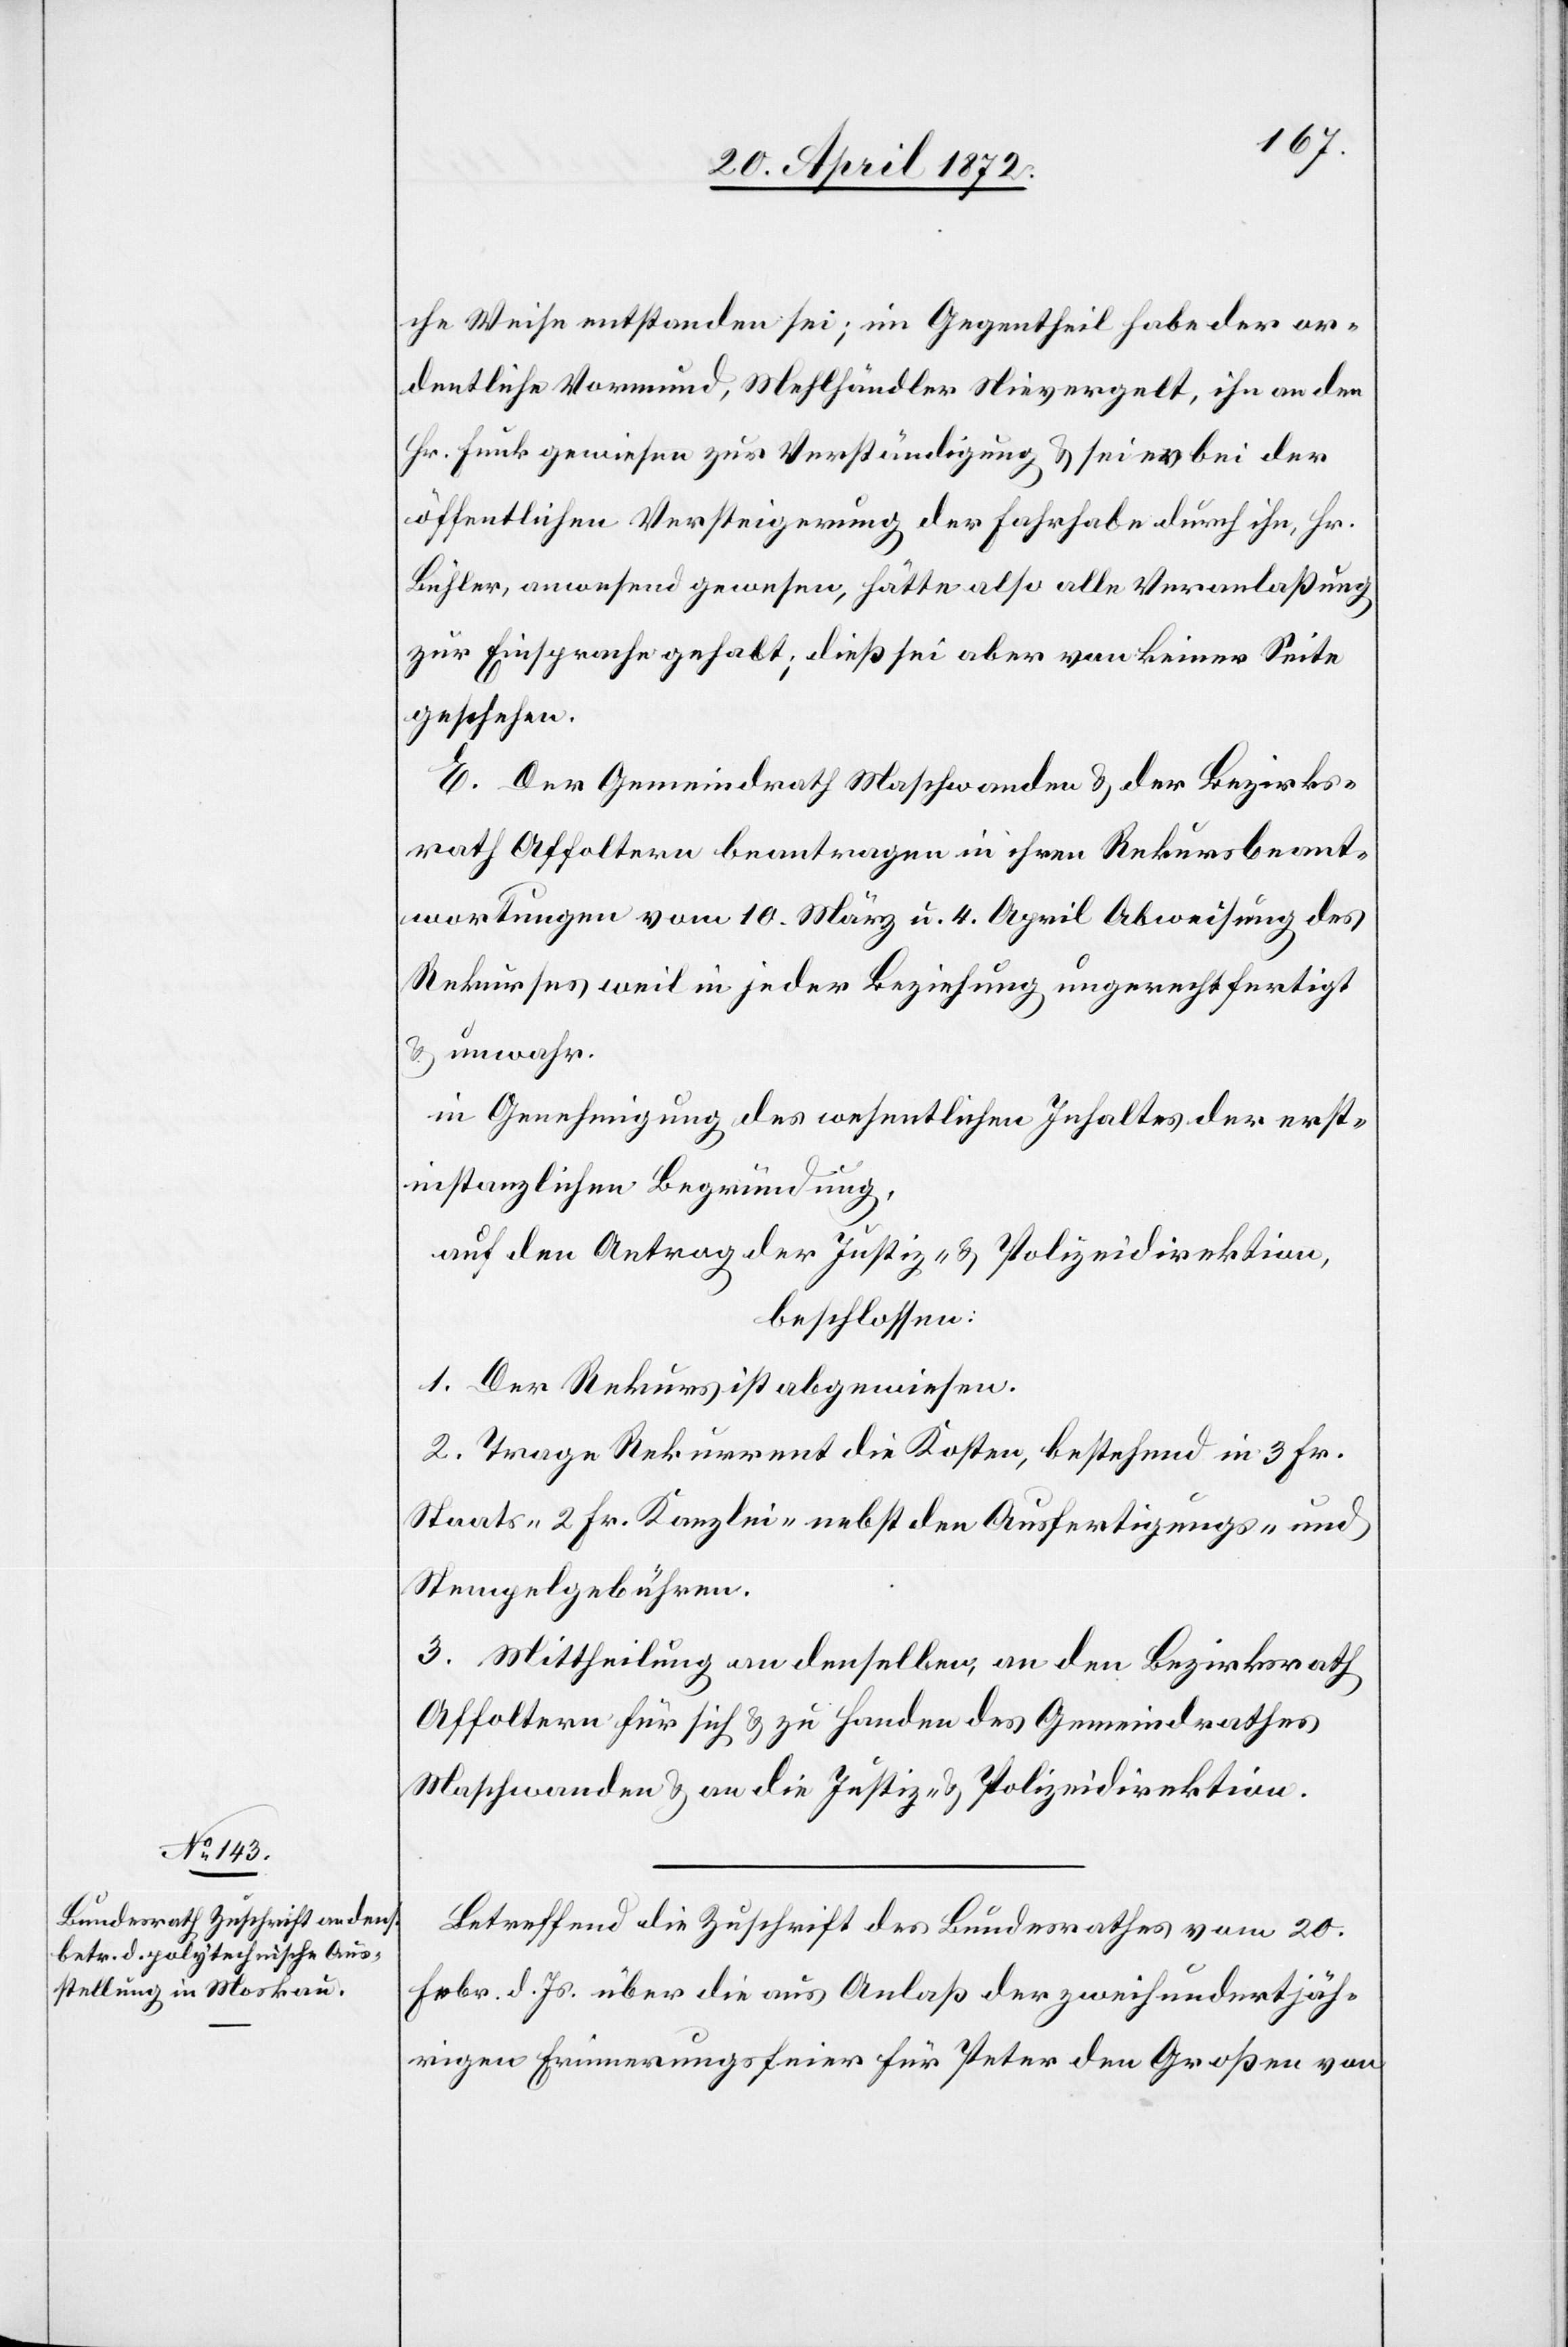
che Weise entstanden sei; im Gegentheil habe der or¬
dentliche Vormund, Mehlhändler Nievergelt, ihn an den
Hr. Funk gewiesen zur Verständigung u. sei er bei der
öffentlichen Versteigerung der Fahrhabe durch ihn, Hr.
Bühler, anwesend gewesen, hätte also alle Veranlaßung
zur Einsprache gehabt; dieß sei aber von keiner Seite
geschehen.
E. Der Gemeindrath Maschwanden u. der Bezirks¬
rath Affoltern beantragen in ihren Rekursbeant¬
wortungen vom 10. März u. 4. April Abweisung des
Rekurses weil in jeder Beziehung ungerechtfertigt
u. unwahr.
in Genehmigung des wesentlichen Inhaltes der erst¬
instanzlichen Begründung,
auf den Antrag der Justiz- u. Polizeidirektion,
beschlossen:
1. Der Rekurs ist abgewiesen.
2. Trage Rekurrent die Kosten, bestehend in 3 Fr.
Staats- [,] 2 Fr. Kanzlei-[,] nebst den Ausfertigungs- und
Stempelgebühren.
3. Mittheilung an denselben, an den Bezirksrath
Affoltern für sich u. zu Handen des Gemeindrathes
Maschwanden u. an die Justiz- u. Polizeidirektion.
Betreffend die Zuschrift des Bundesrathes vom 20.
Febr. d. Js. über die aus Anlaß der zweihundertjäh¬
rigen Erinnerungsfeier für Peter den Großen von